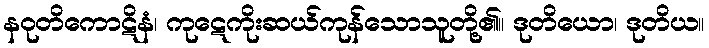
နဝုတိကောဋိနံ၊ ကုဋေကိုးဆယ်ကုန်သောသူတို့၏။ ဒုတိယော၊ ဒုတိယ။